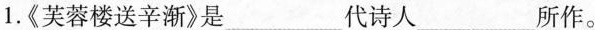
1.《芙蓉楼送辛渐》是___代诗人___所作。